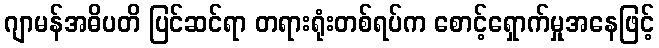
ဂျာမန်အဓိပတိ ပြင်ဆင်ရာ တရားရုံးတစ်ရပ်က စောင့်ရှောက်မှုအနေဖြင့်